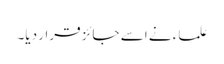
علماء نے اسے جائز قرار دیا۔